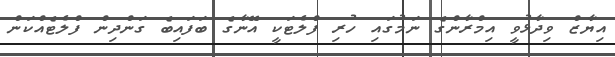
އިޔާޒް ވިދާޅުވީ އިމްރާންގެ ނަމުގައި ހުރި ފްލެޓަކީ އޭނާގެ ބަފައިބެ ގަންދިން ފްލެޓެއްކަން